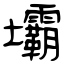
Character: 壩